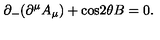
{ \partial } _ { - } ( { \partial } ^ { \mu } A _ { \mu } ) + \mathrm { c o s } 2 { \theta } B = 0 .